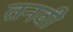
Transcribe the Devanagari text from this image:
तनवी